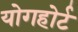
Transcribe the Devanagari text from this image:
योगहोर्ट